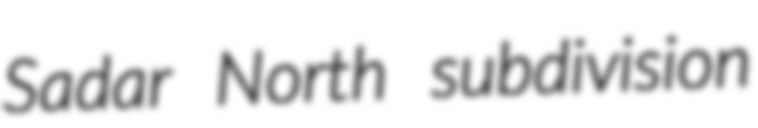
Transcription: Sadar North subdivision